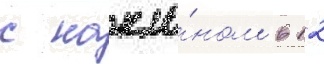
с накло́ном в 12